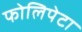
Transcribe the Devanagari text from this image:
फोलिपेटा